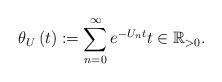
LaTeX: \begin{align*} \theta _{U}\left( t\right) :=\sum\limits_{n=0}^{\infty }e^{-U_{n}t}t\in\mathbb{R}_{> 0}.\end{align*}